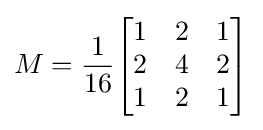
M={\frac {1}{16}}{\begin{bmatrix}1&2&1\\2&4&2\\1&2&1\\\end{bmatrix}}